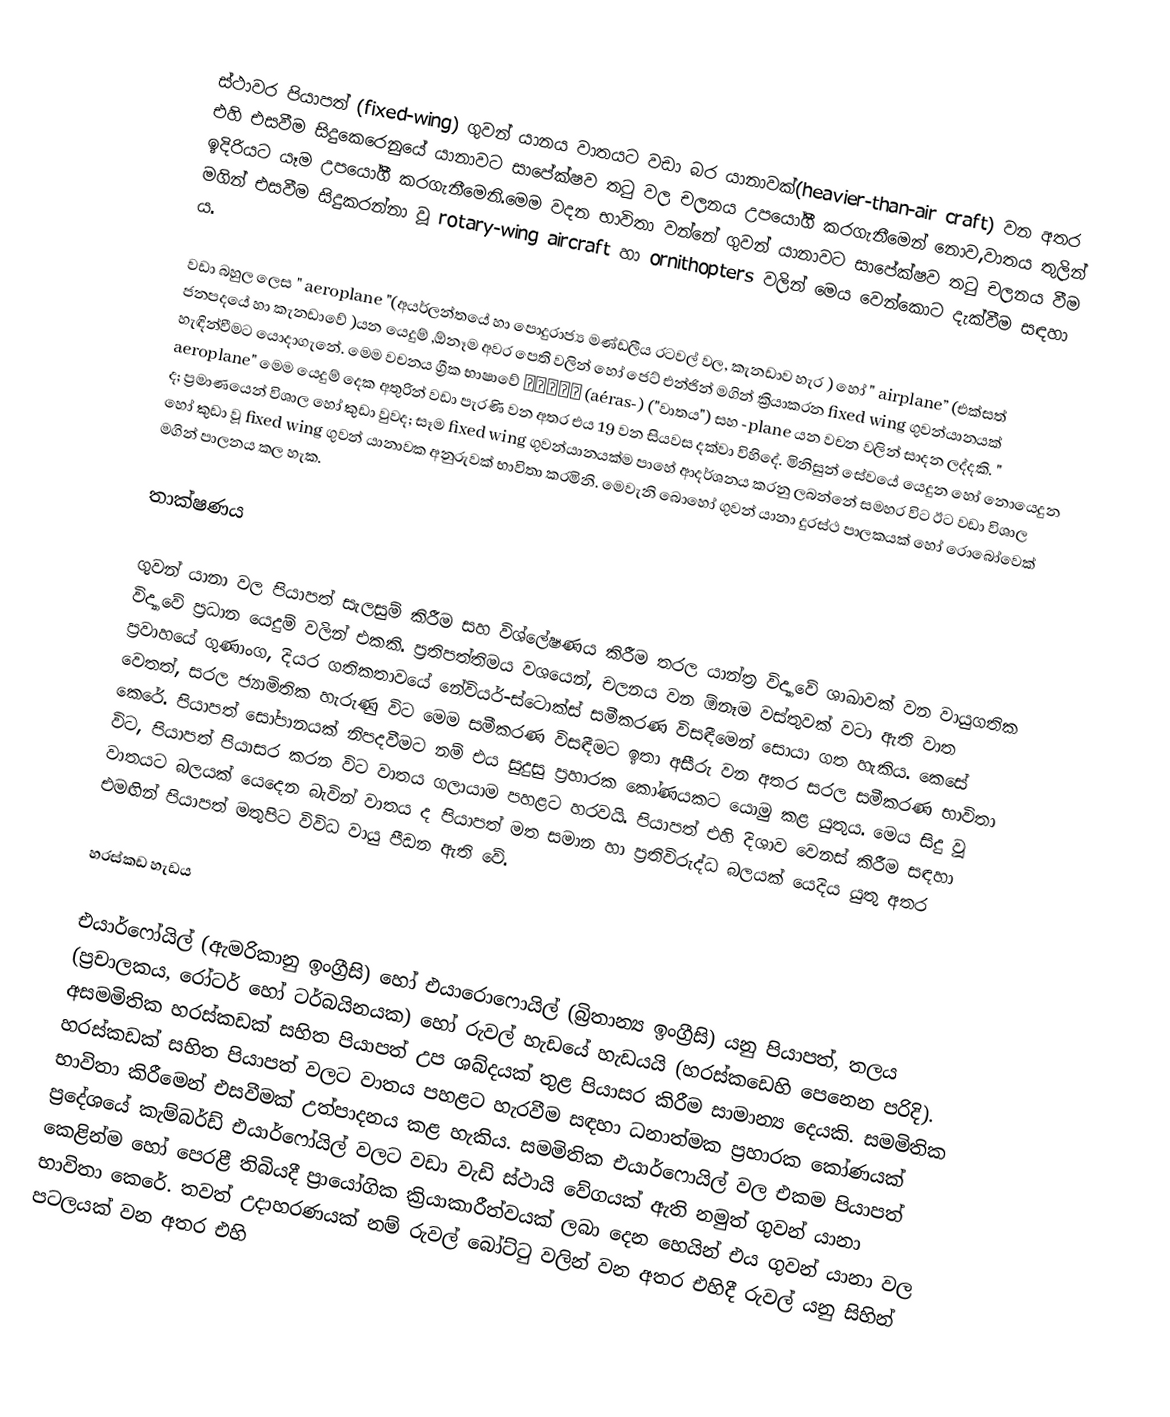
ස්ථාවර පියාපත් (fixed-wing) ගුවන් යානය වාතයට වඩා බර යානාවක්(heavier-than-air craft) වන අතර එහි එසවීම සිදුකෙරෙනුයේ යානාවට සාපේක්ෂව තටු වල චලනය උපයෝගී කරගැනීමෙන් නොව,වාතය තුලින් ඉදිරියට යෑම උපයෝගී කරගැනීමෙනි.මෙම වදන භාවිතා වන්නේ ගුවන් යානාවට සාපේක්ෂව තටු චලනය වීම මගින් එසවීම සිදුකරන්නා වූ rotary-wing aircraft හා ornithopters වලින් මෙය වෙන්කොට දැක්වීම සඳහා ය.

වඩා බහුල ලෙස " aeroplane "(අයර්ලන්තයේ හා පොදුරාජ්‍ය මණ්ඩලීය රටවල් වල, කැනඩාව හැර ) හෝ " airplane” (එක්සත් ජනපදයේ හා කැනඩාවේ )යන යෙදුම් ,ඕනෑම  අවර පෙති වලින් හෝ ජෙට් එන්ජින් මගින් ක්‍රියාකරන fixed wing ගුවන්යානයක් හැඳින්වීමට යොදාගැනේ. මෙම වචනය ග්‍රීක භාෂාවේ αέρας (aéras-) ("වාතය") සහ -plane යන වචන වලින් සාදන ලද්දකි. " aeroplane" මෙම යෙදුම් දෙක අතුරින් වඩා පැරණි වන අතර එය 19 වන සියවස දක්වා විහිදේ. මිනිසුන් සේවයේ යෙදුන හෝ නොයෙදුන ද; ප්‍රමාණයෙන් විශාල හෝ කුඩා  වුවද; සෑම fixed wing ගුවන්යානයක්ම පාහේ ආදර්ශනය කරනු ලබන්නේ සමහර විට ඊට වඩා විශාල හෝ කුඩා වූ fixed wing  ගුවන් යානාවක අනුරුවක් භාවිතා කරමිනි. මෙවැනි බොහෝ ගුවන් යානා දුරස්ථ පාලකයක් හෝ රොබෝවෙක් මගින් පාලනය කල හැක.

තාක්ෂණය

ගුවන් යානා වල පියාපත් සැලසුම් කිරීම සහ විශ්ලේෂණය කිරීම තරල යාන්ත්‍ර විද්‍යාවේ ශාඛාවක් වන වායුගතික විද්‍යාවේ ප්‍රධාන යෙදුම් වලින් එකකි. ප්‍රතිපත්තිමය වශයෙන්, චලනය වන ඕනෑම වස්තුවක් වටා ඇති වාත ප්‍රවාහයේ ගුණාංග, දියර ගතිකතාවයේ නේවියර්-ස්ටොක්ස් සමීකරණ විසඳීමෙන් සොයා ගත හැකිය. කෙසේ වෙතත්, සරල ජ්‍යාමිතික හැරුණු විට මෙම සමීකරණ විසඳීමට ඉතා අසීරු වන අතර සරල සමීකරණ භාවිතා කෙරේ. පියාපත් සෝපානයක් නිපදවීමට නම් එය සුදුසු ප්‍රහාරක කෝණයකට යොමු කළ යුතුය. මෙය සිදු වූ විට, පියාපත් පියාසර කරන විට වාතය ගලායාම පහළට හරවයි. පියාපත් එහි දිශාව වෙනස් කිරීම සඳහා වාතයට බලයක් යෙදෙන බැවින් වාතය ද පියාපත් මත සමාන හා ප්‍රතිවිරුද්ධ බලයක් යෙදිය යුතු අතර එමඟින් පියාපත් මතුපිට විවිධ වායු පීඩන ඇති වේ.

හරස්කඩ හැඩය

එයාර්ෆෝයිල් (ඇමරිකානු ඉංග්‍රීසි) හෝ එයාරොෆොයිල් (බ්‍රිතාන්‍ය ඉංග්‍රීසි) යනු පියාපත්, තලය (ප්‍රචාලකය, රෝටර් හෝ ටර්බයිනයක) හෝ රුවල් හැඩයේ හැඩයයි (හරස්කඩෙහි පෙනෙන පරිදි). අසමමිතික හරස්කඩක් සහිත පියාපත් උප ශබ්දයක් තුළ පියාසර කිරීම සාමාන්‍ය දෙයකි. සමමිතික හරස්කඩක් සහිත පියාපත් වලට වාතය පහළට හැරවීම සඳහා ධනාත්මක ප්‍රහාරක කෝණයක් භාවිතා කිරීමෙන් එසවීමක් උත්පාදනය කළ හැකිය. සමමිතික එයාර්ෆොයිල් වල එකම පියාපත් ප්‍රදේශයේ කැම්බර්ඩ් එයාර්ෆෝයිල් වලට වඩා වැඩි ස්ථායි වේගයක් ඇති නමුත් ගුවන් යානා කෙළින්ම හෝ පෙරළී තිබියදී ප්‍රායෝගික ක්‍රියාකාරීත්වයක් ලබා දෙන හෙයින් එය ගුවන් යානා වල භාවිතා කෙරේ. තවත් උදාහරණයක් නම් රුවල් බෝට්ටු වලින් වන අතර එහිදී රුවල් යනු සිහින් පටලයක් වන අතර එහි